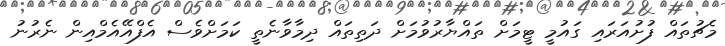
މެޗުތައް ފުށުއަރައި ގައުމީ ޓީމަށް ތައްޔާރުވުމަށް ދަތިތައް ދިމާވާނެތީ ކަމަށްވެސް އެފްއޭއެމްއިން ނެެރުނު